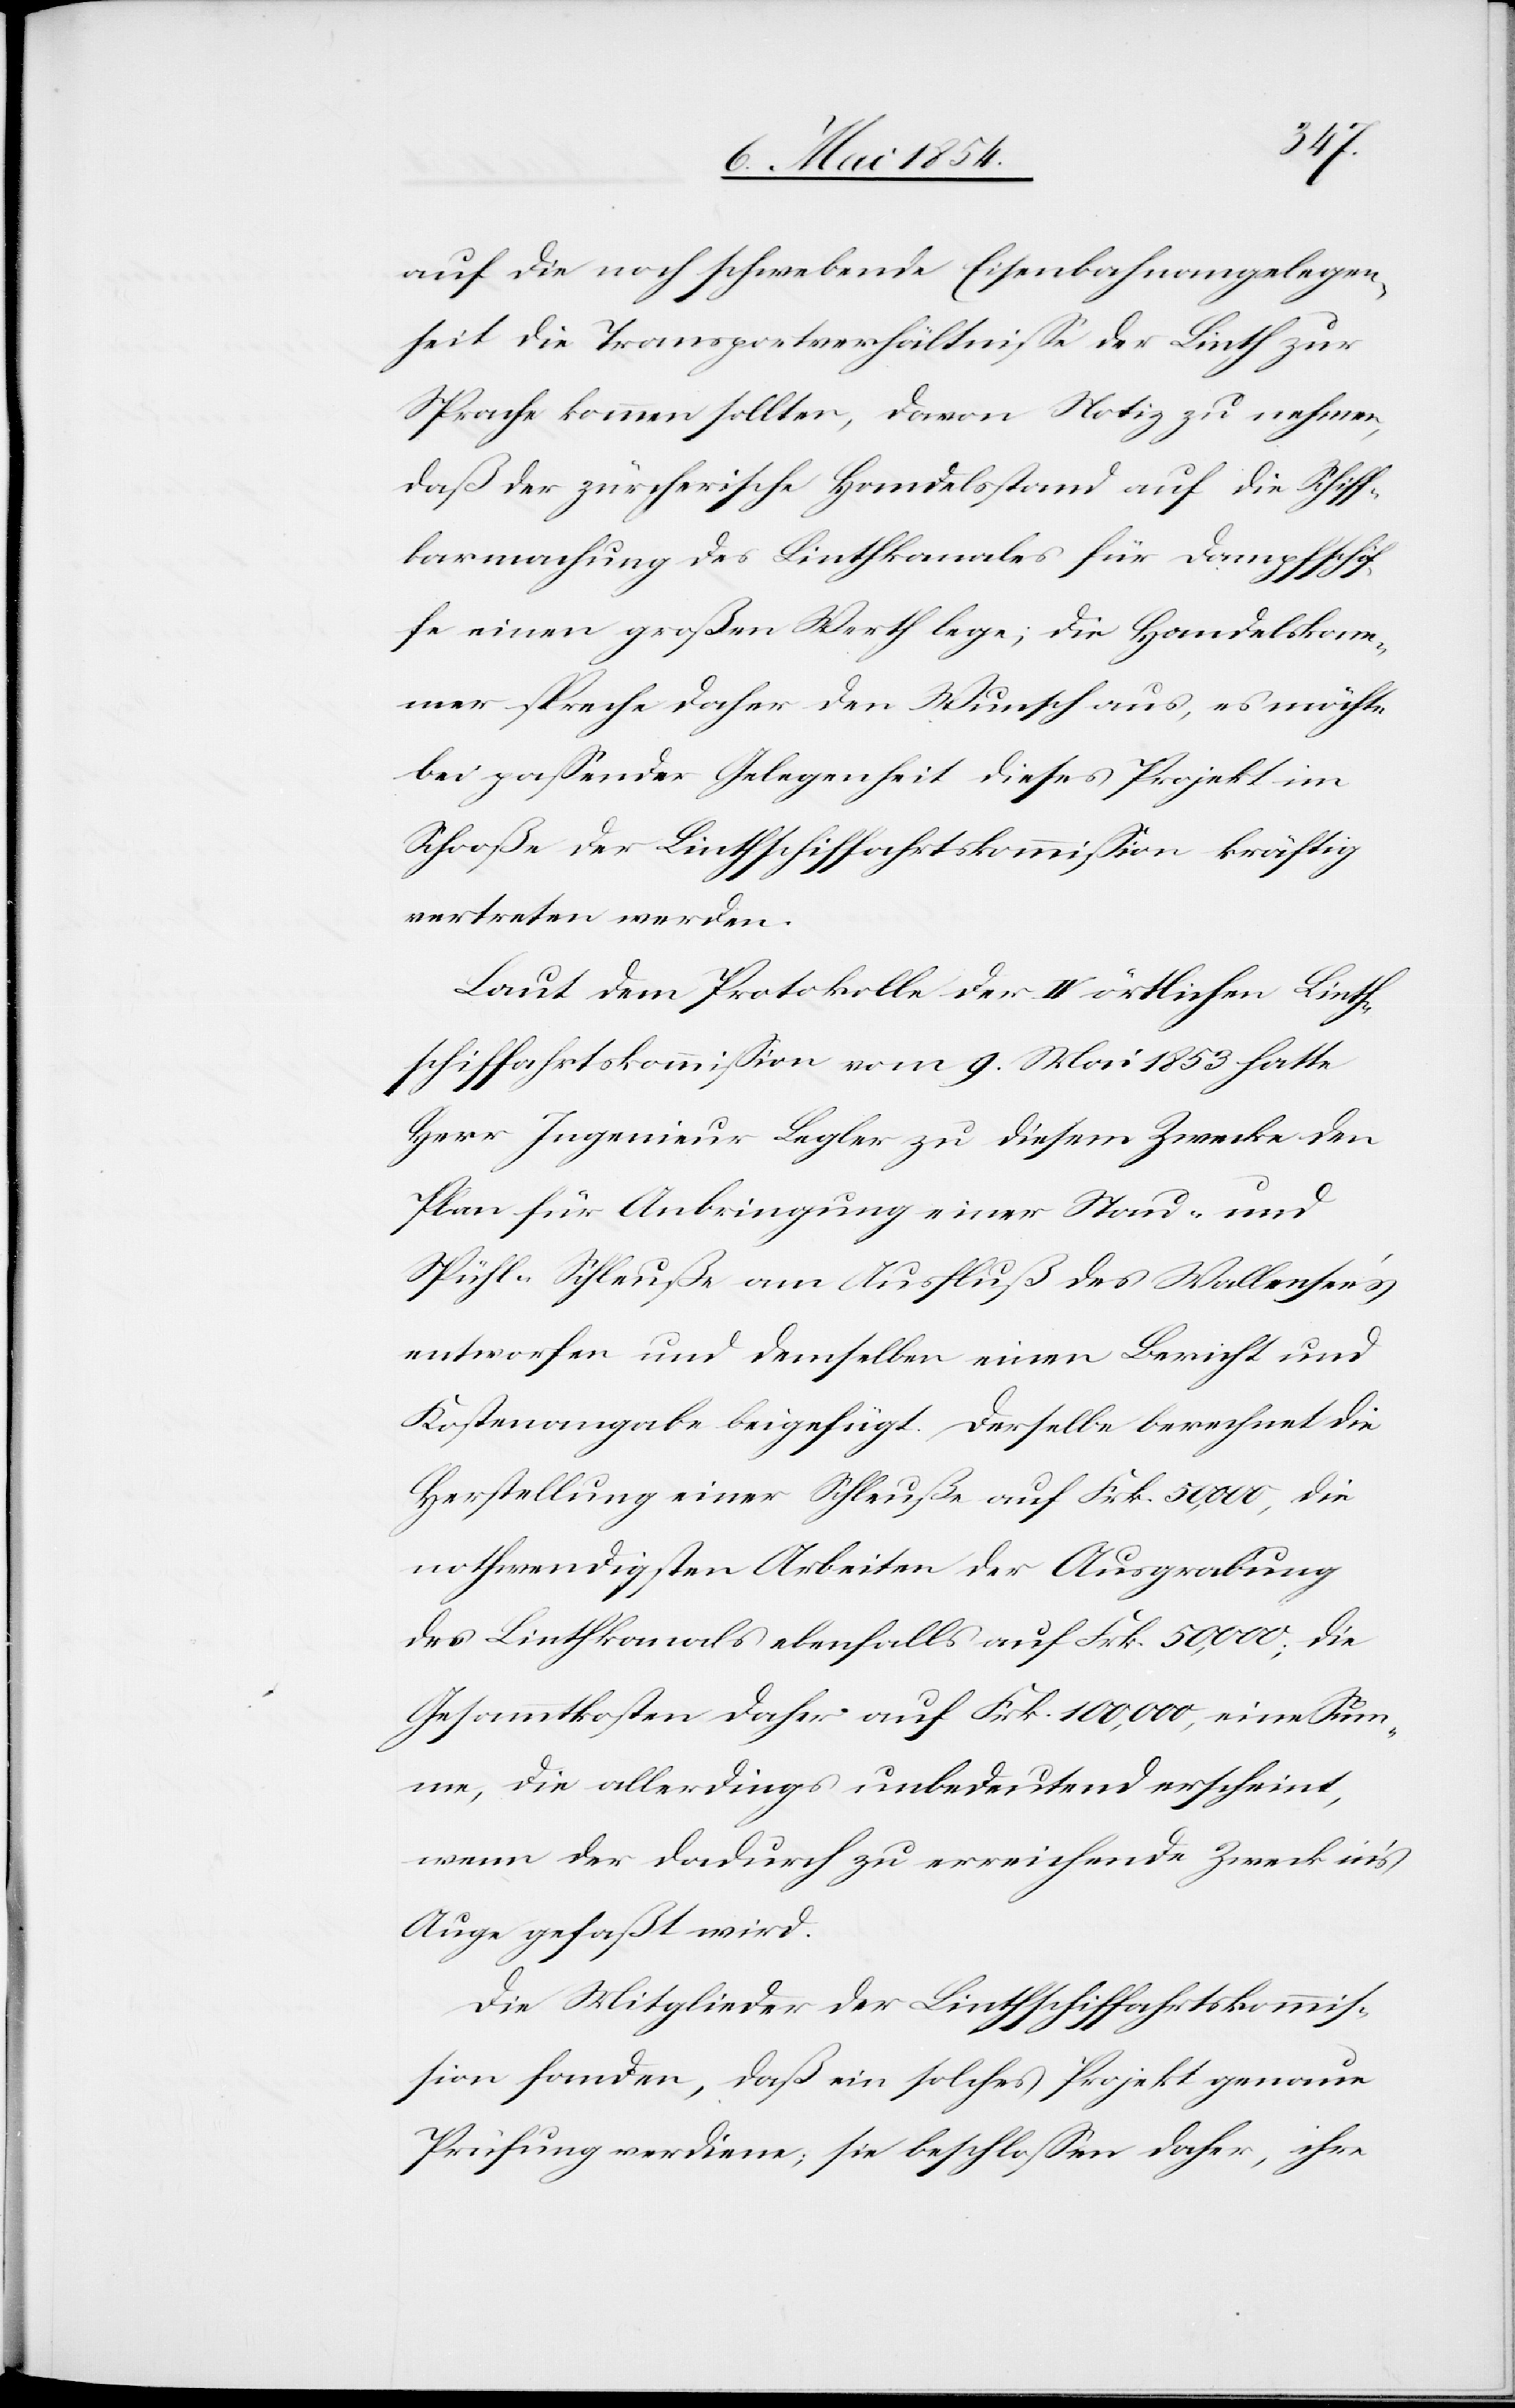
auf die noch schwebende Eisenbahnangelegen¬
heit die Transportverhältniße der Linth zur
Sprache kommen sollten, davon Notiz zu nehmen,
daß der zürcherische Handelstand auf die Schiff¬
barmachung des Linthkanales für Dampfschif¬
fe einen großen Werth lege; die Handelskam¬
mer spreche daher den Wunsch aus, es möchte
bei paßender Gelegenheit dieses Projekt im
Schooße der Linthschiffahrtskommißion kräftig
vertreten werden.
Laut dem Protokolle der IV örtlichen Linth¬
schiffahrtskommißion vom 9. Mai 1853 hatte
Herr Ingenieur Legler zu diesem Zwecke den
Plan für Anbringung einer Stau- und
Spühl-Schleuße am Ausfluß des Wallensee’s
entworfen und demselben einen Bericht und
Kostenangabe beigefügt. Derselbe berechnet die
Herstellung einer Schleuße auf Frk. 50,000; die
Gesammtkosten daher auf Frk. 100,000, eine Sum¬
me, die allerdings unbedeutend erscheint,
wenn der dadurch zu erreichende Zweck in’s
Auge gefaßt wird.
Die Mitglieder der Linthschiffahrtskommiß¬
ion fanden, daß ein solches Projekt genaue
Prüfung verdiene; sie beschloßen daher, ihre